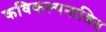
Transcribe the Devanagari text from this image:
कविकल्पनाश्रित